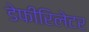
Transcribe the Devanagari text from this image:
डेफीरिलेटर